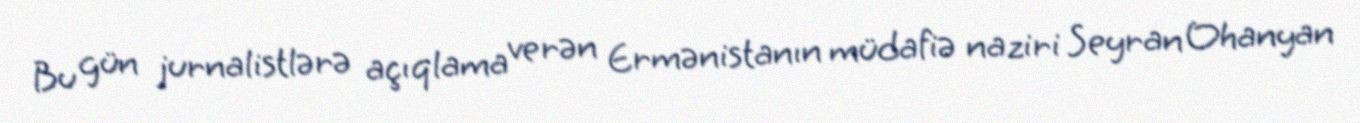
Bu gün jurnalistlərə açıqlama verən Ermənistanın müdafiə naziri Seyran Ohanyan